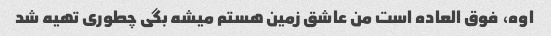
اوه، فوق العاده است من عاشق زمین هستم میشه بگی چطوری تهیه شد